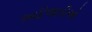
આદિજાતીઓ